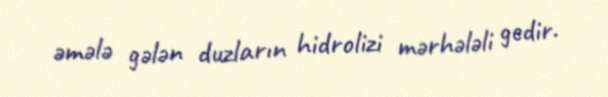
əmələ gələn duzların hidrolizi mərhələli gedir.